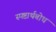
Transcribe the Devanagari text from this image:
स्पष्टार्थबोध